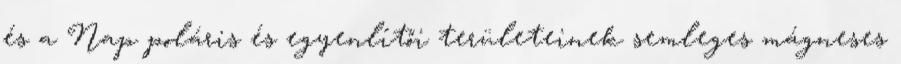
és a Nap poláris és egyenlítői területeinek semleges mágneses